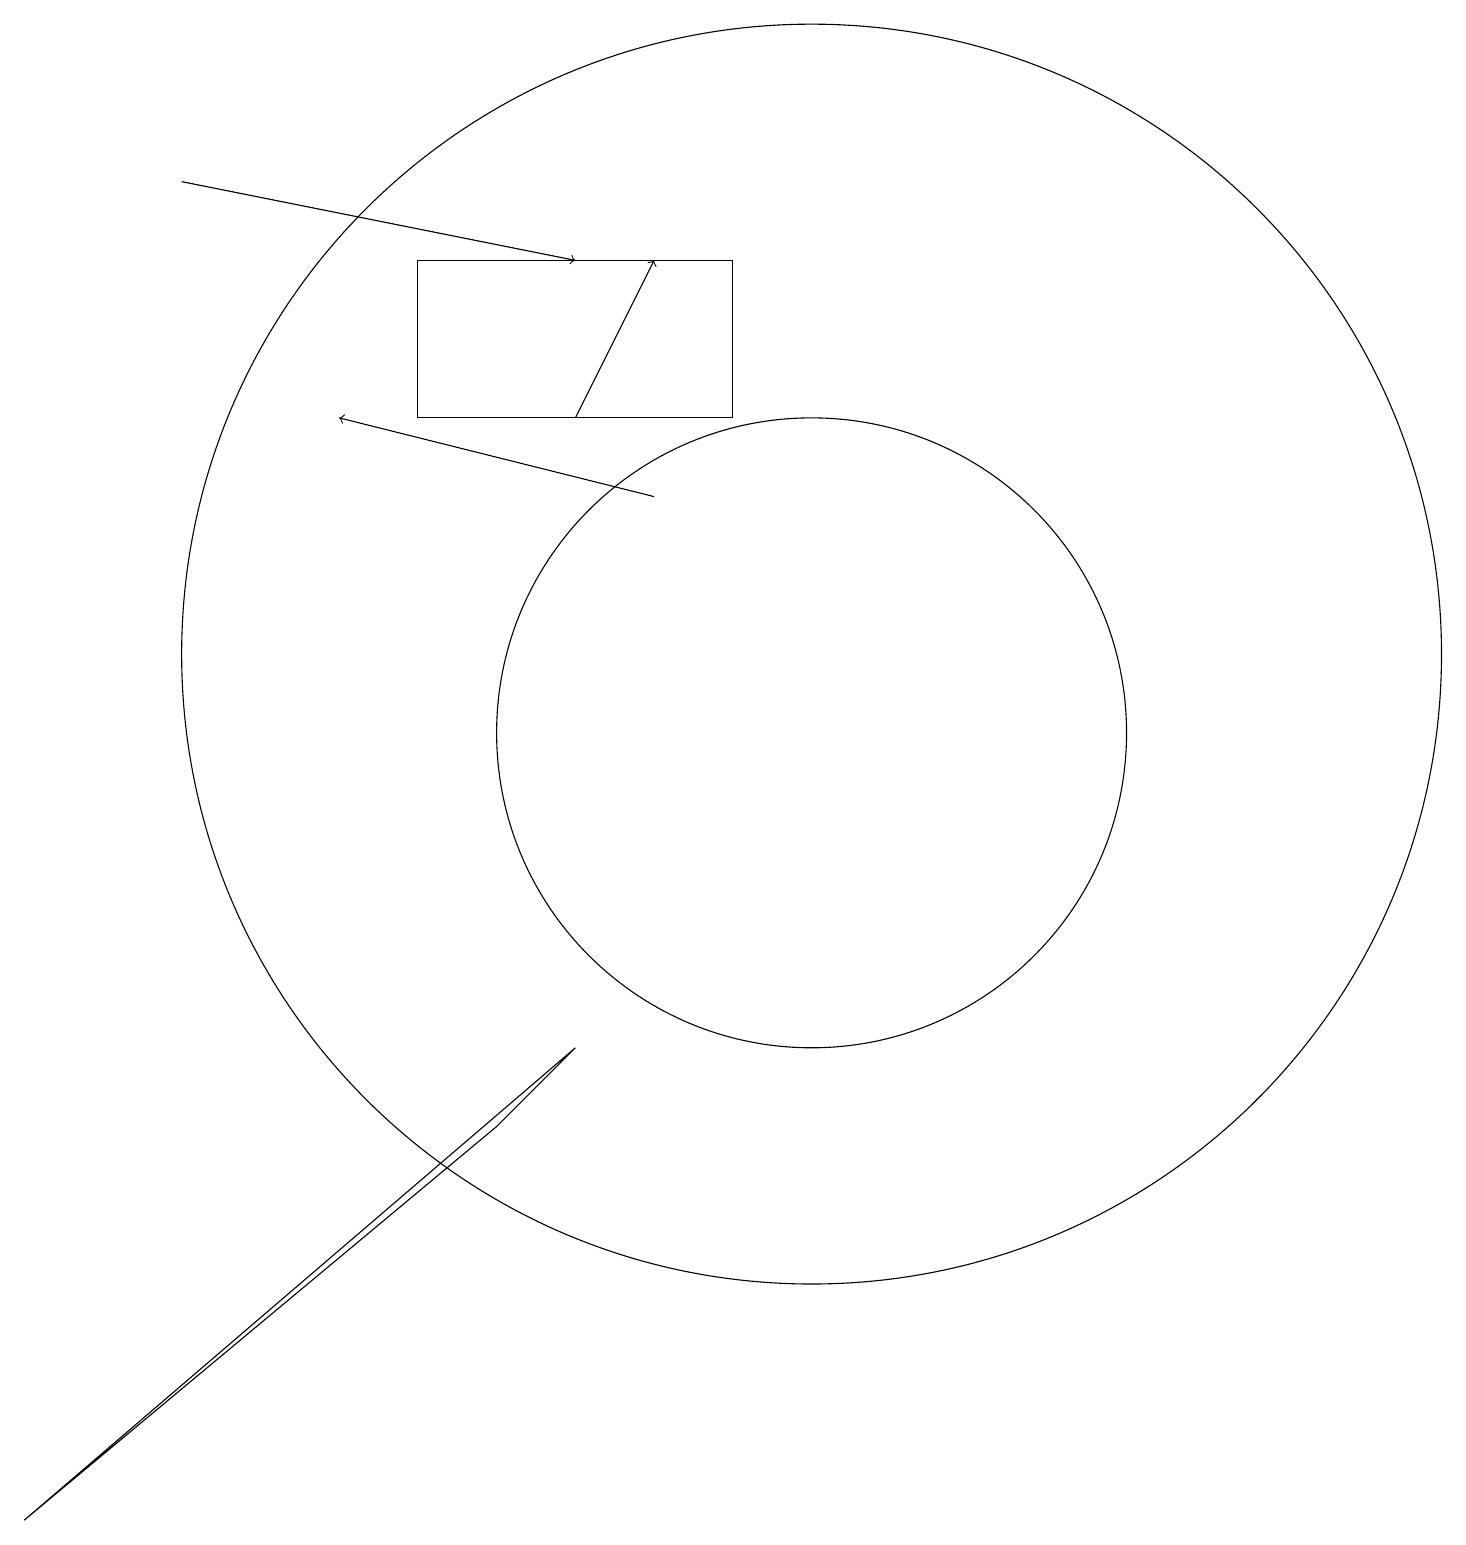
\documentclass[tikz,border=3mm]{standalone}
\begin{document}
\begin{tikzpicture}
\draw[->] (7,14) -- (8,16);
\draw (10,10) circle (4);
\draw (10,11) circle (8);
\draw (7,6) -- (6,5) -- (0,0) -- cycle;
\draw (9,16) rectangle (5,14);
\draw[->] (2,17) -- (7,16);
\draw[->] (8,13) -- (4,14);
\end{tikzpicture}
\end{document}